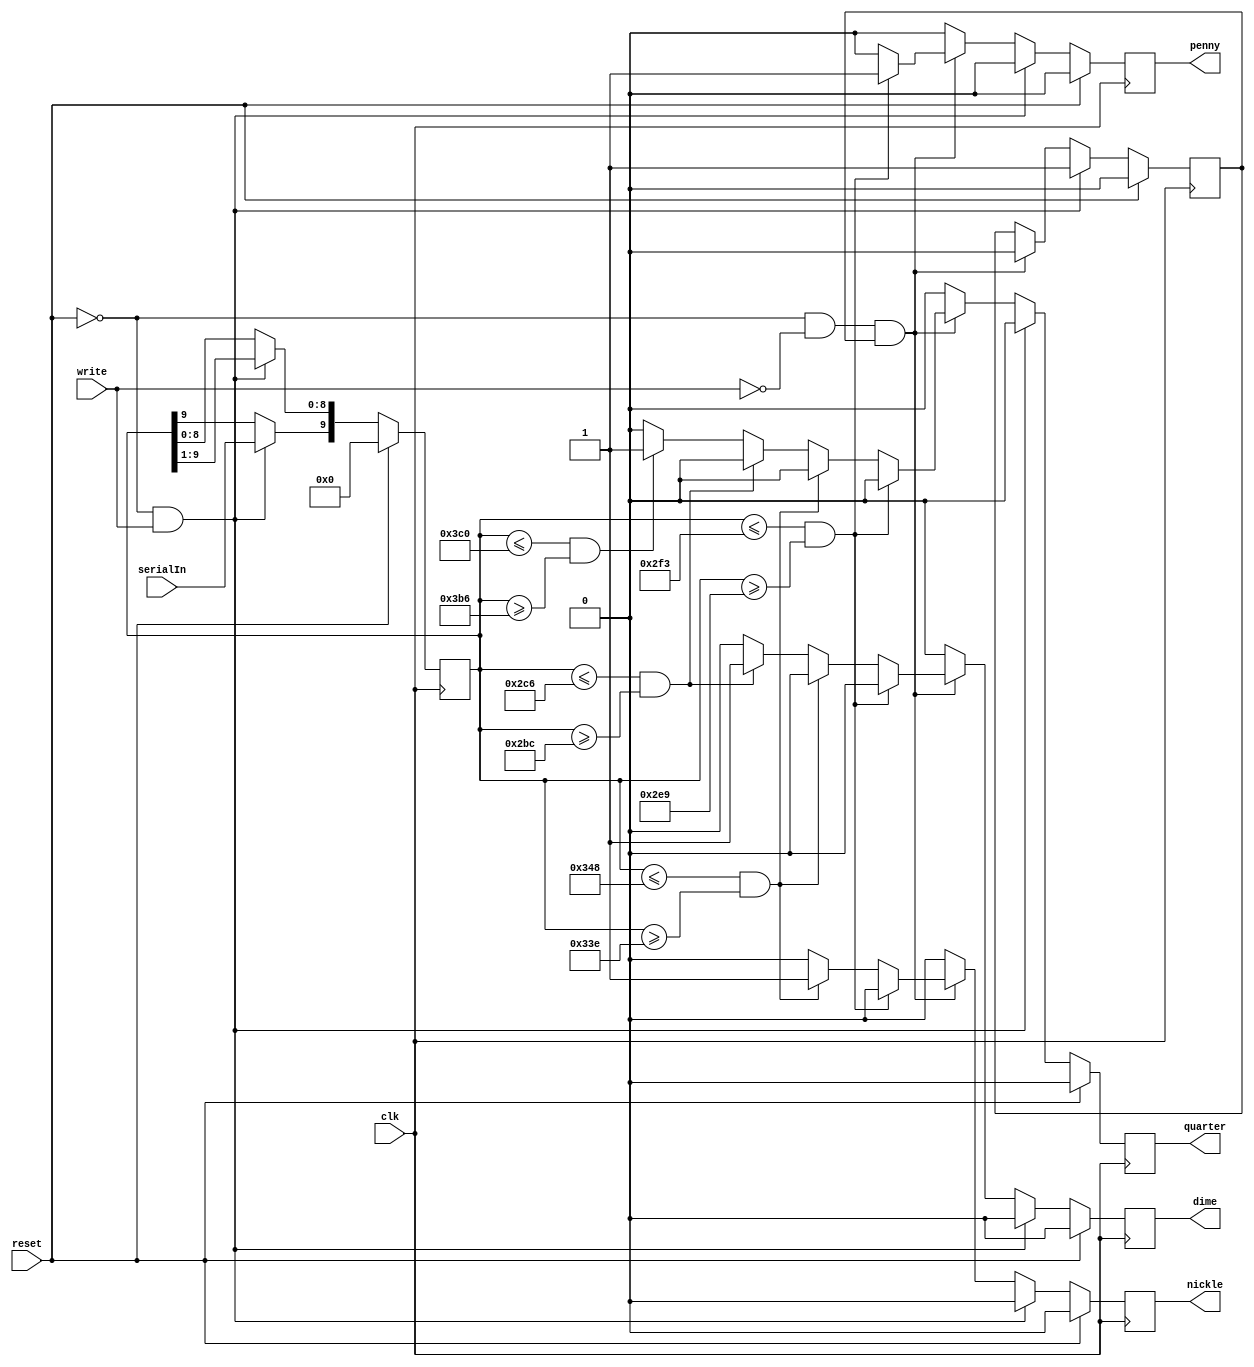

module coinSensor(clk, reset, serialIn, write, penny, nickle, dime, quarter);
	input clk, reset, serialIn, write;
	output reg penny, nickle, dime, quarter;

	reg [9:0] currentCoin;
	reg previousWrite;

	//every clock edge when write is high, read in new signal
	//also set outputs to low at these times
	//when write is low, find coin size 

	always @ (posedge clk) begin
			penny   = 0;
			nickle  = 0;
			dime    = 0;
			quarter = 0;
		if (reset == 1) begin
			currentCoin = 0;
			previousWrite = 0;
			
		end //reset high
		else if (reset == 0 && write == 1) begin
			//shift register to add onto currentCoin
			currentCoin = currentCoin >> 1;
			currentCoin[9] = serialIn;

			//set previousWrite
			previousWrite = 1;
		end // write high
		else if(reset == 0 && write == 0 && previousWrite == 1) begin
			senseCoin(currentCoin, penny, nickle, dime, quarter);
			previousWrite = 0;
		end
	end//always


 	task senseCoin;
		input [9:0] currentCoin;
		output penny, nickle, dime, quarter;

		localparam pennyUp = 10'b10_1111_0011, pennyLow = 10'b10_1110_1001,
							 nickleUp = 10'b11_0100_1000, nickleLow = 10'b11_0011_1110,
							 dimeUp = 10'b10_1100_0110, dimeLow = 10'b10_1011_1100,
							 quarterUp = 10'b11_1100_0000, quarterLow = 10'b11_1011_0110;
		begin
		penny = 0;
		nickle = 0;
		dime  = 0;
		quarter = 0;
		if      (currentCoin <= pennyUp && currentCoin >= pennyLow)
			penny = 1;
		else if (currentCoin <= nickleUp && currentCoin >= nickleLow)
			nickle = 1;
		else if (currentCoin <= dimeUp && currentCoin >= dimeLow)
			dime = 1;
		else if (currentCoin <= quarterUp && currentCoin >= quarterLow)
			quarter = 1;
		end // senseCoin
	endtask

endmodule